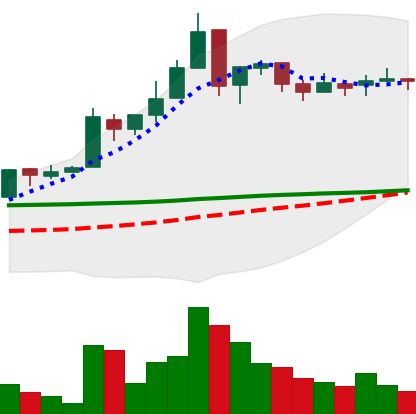
Ticker: EOS-USD
Chart end date: 2018-05-09
Forward return: -21.839%
Label: down_7plus